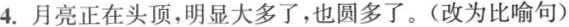
4.月亮正在头顶，明显大多了，也圆多了。(改为比喻句)